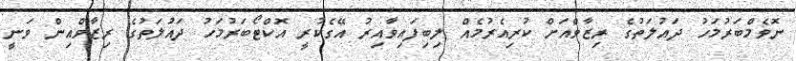
ނޮވެމްބަރުމަހު ދައުލަތުގެ ރިޒާވްއަށް ކުރިއެރުމެއް ލިބިފައިވާއިރު އޭގެކުރީ އޮކްޓޯބަރުމަހު ދައުލަތުގެ ރިޒާވްއިން ވަނީ